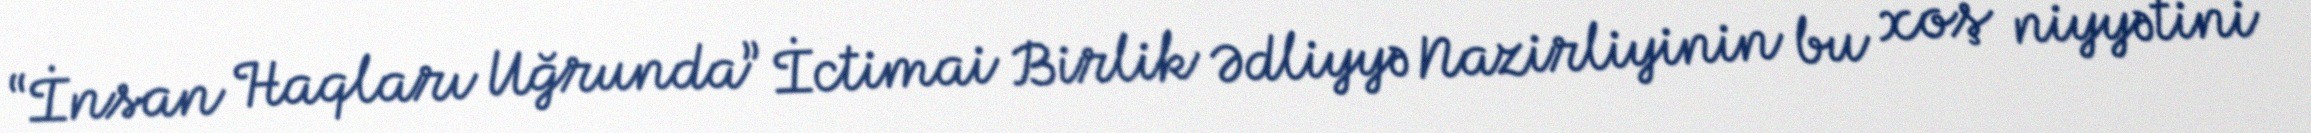
“İnsan Haqları Uğrunda” İctimai Birlik Ədliyyə Nazirliyinin bu xoş niyyətini